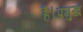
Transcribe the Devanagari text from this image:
है।प्रमुख